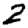
Digit: 2